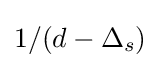
1/(d-\Delta _{s})